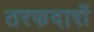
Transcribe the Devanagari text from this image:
तरफदारों